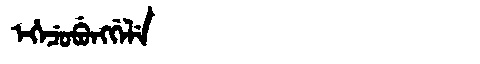
Manchu: ᡝᡥᡝᠴᡠᠪᡠᠩᡤᡝᠯᡝ
Romanization: EHECUBUNGGELE